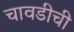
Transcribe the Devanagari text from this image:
चावडीची